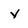
Character: y